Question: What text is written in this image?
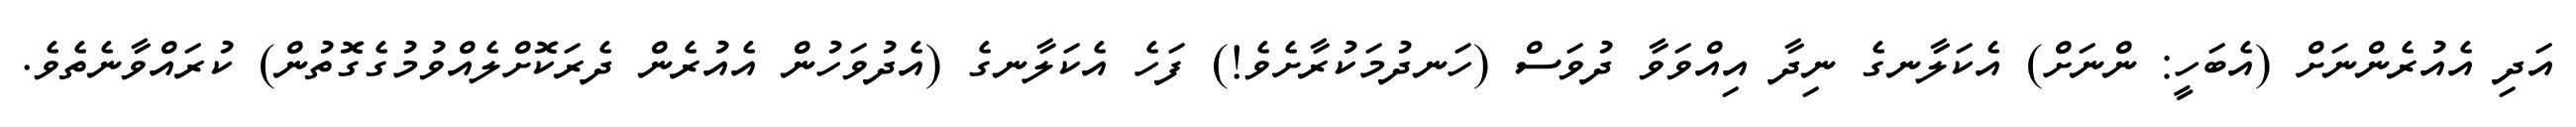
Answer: އަދި އެއުރެންނަށް (އެބަހީ: ންނަށް) އެކަލާނގެ ނިދާ އިއްވަވާ ދުވަސް (ހަނދުމަކުރާށެވެ!) ފަހެ އެކަލާނގެ (އެދުވަހުން އެއުރެން ދެރަކޮށްލެއްވުމުގެގޮތުން) ކުރައްވާނެތެވެ.